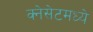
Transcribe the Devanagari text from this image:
क्नेसेटमध्ये